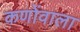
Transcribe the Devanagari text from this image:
कणोंवाला